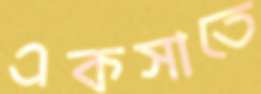
একসাতে